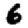
Digit: 6